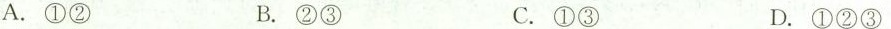
A.①② B.②③ C.①③ D.①②③